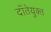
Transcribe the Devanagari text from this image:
दाँतेयुक्त